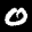
Label: 0